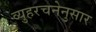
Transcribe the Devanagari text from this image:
व्युहरचनेनुसार